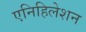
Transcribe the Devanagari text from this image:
एनिहिलेशन